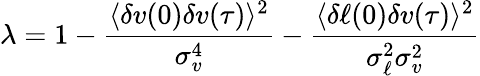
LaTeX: \lambda=1-\frac{\langle\delta v(0)\delta v(\tau)\rangle^{2}}{\sigma_{v}^{4}}-\frac{\langle\delta\ell(0)\delta v(\tau)\rangle^{2}}{\sigma_{\ell}^{2}\sigma_{v}^{2}}